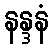
နန္ဒနံ